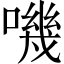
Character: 嘰